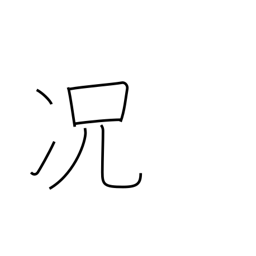
Meaning: still less